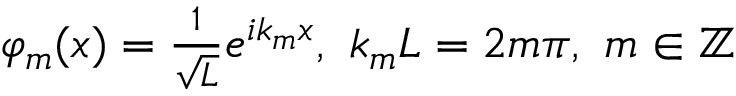
\begin{array} { r } { \varphi _ { m } ( x ) = \frac { 1 } { \sqrt { L } } e ^ { i k _ { m } x } , ~ k _ { m } L = 2 m \pi , ~ m \in \mathbb { Z } } \end{array}